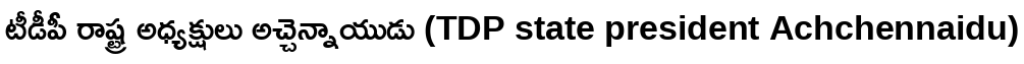
టీడీపీ రాష్ట్ర అధ్యక్షులు అచ్చెన్నాయుడు (TDP state president Achchennaidu)